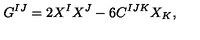
G ^ { I J } = 2 X ^ { I } X ^ { J } - 6 C ^ { I J K } X _ { K } ,